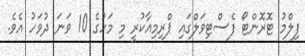
ފިލްމު ޓޮރޮންޓޯ ފެސްޓިވަލްގައި ޕްރިމިއާކުރީ މި މަހުގެ 10 ވަނަ ދުވަހު އެވެ.